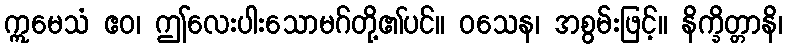
ဣမေသံ ဧဝ၊ ဤလေးပါးသောမဂ်တို့၏ပင်။ ဝသေန၊ အစွမ်းဖြင့်။ နိက္ခိတ္တာနိ၊